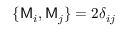
\{ \mathsf { M } _ { i } , \mathsf { M } _ { j } \} = 2 \delta _ { i j }